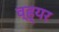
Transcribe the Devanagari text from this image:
व्ह्यर